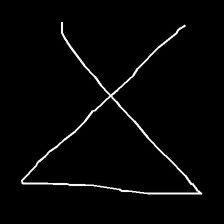
Glyph: collection